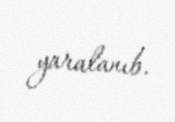
yaralanıb.